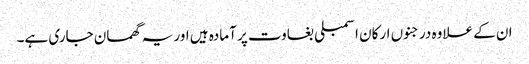
ان کے علاوہ درجنوں ارکان اسمبلی بغاوت پر آمادہ ہیں اور یہ گھمسان جاری ہے۔